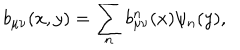
LaTeX: b _ { \mu \nu } ( x , y ) = \sum _ { n } b _ { \mu \nu } ^ { n } ( x ) \psi _ { n } ( y ) ,